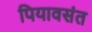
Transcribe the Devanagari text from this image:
पियावसंत